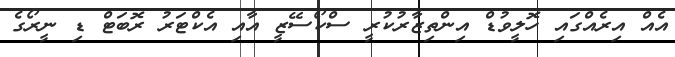
އެއް އިރެއްގައި ހޮލީވުޑް އިންތިޒާރުކުރީ ސްކޯސޭޒީ އާއި އެކްޓަރު ރޮބަޓް ޑި ނީރޯގެ